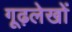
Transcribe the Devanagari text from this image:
गूढ़लेखों